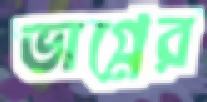
ভাগ্নের